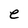
Character: e